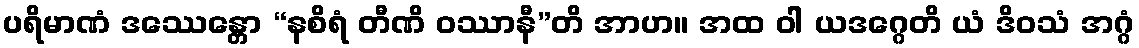
ပရိမာဏံ ဒဿေန္တော “နစိရံ တီဏိ ဝဿာနီ”တိ အာဟ။ အထ ဝါ ယဒဂ္ဂေတိ ယံ ဒိဝသံ အဂ္ဂံ